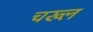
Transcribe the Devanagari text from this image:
चख्ल